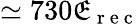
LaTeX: \simeq730\mathfrak{E}_{\mathrm{{~r~e~c~}}}